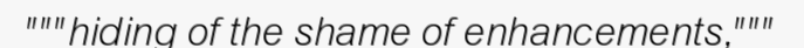
"""hiding of the shame of enhancements,"""